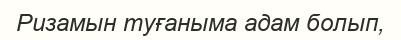
Ризамын туғаныма адам болып,